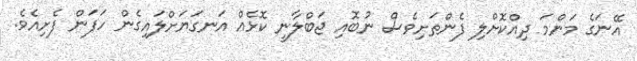
އޭނަގެ މަންމަ ދިއްކޮށްލި ފެންތަށިވެސް ނުބޮއި ޖަބްލާނީ ކޮޅެއް އަނގަޔަށްލައިގެން ހަފަން ފެށިއެވެ.